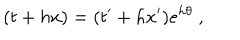
( t + h x ) = ( t ^ { \prime } + h x ^ { \prime } ) e ^ { h \theta } ~ ,